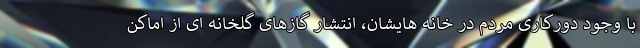
با وجود دورکاری مردم در خانه هایشان، انتشار گازهای گلخانه ای از اماکن